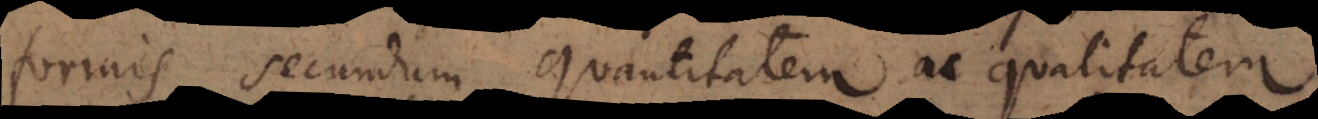
formis secundum quantitatem et qualitatem